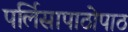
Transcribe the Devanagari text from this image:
पर्लिसापाठोपाठ